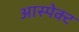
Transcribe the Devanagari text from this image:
आस्पेक्ट